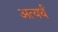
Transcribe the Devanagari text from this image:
अत्यर्थं